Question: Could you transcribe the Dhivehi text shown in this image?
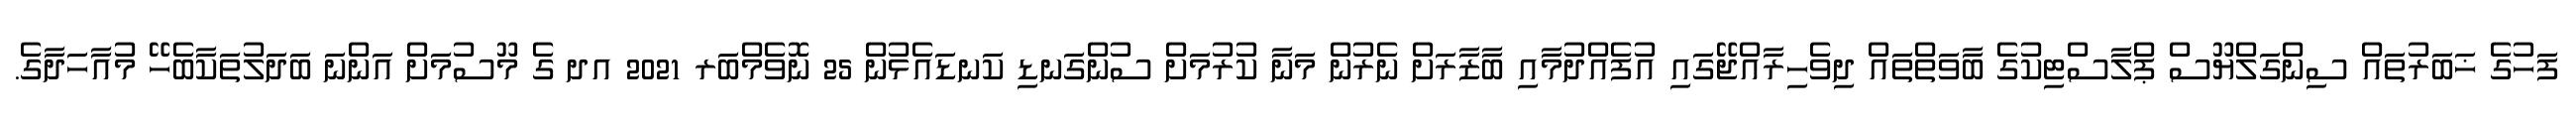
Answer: ފަހުގެ ޚަބަރުތައް ސިންގަލްޔޫސް ޕްލާސްޓިކުގެ ބާވަތްތައް ދިވެހިރާއްޖޭގައި އުފެއްދުމާއި ބާޒާރަށް ނެރުން މަނާ ކުރުމަށް ސުންގަނޑި ކަނޑައެޅުން 25 ނޮވެމްބަރ 2021 އދ ގެ މޫސުމަށް އަންނަ ބަދަލުތަކާބެހޭ މުއާހަދާގެ.